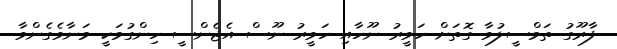
ފާރޫގު ތަމްސީލުވާ ގޮތަށް ހަވީރު ނޫހާއި ހަވީރު ނޫސް އެޖެންސީ ހިންގުމަކީ މަނާވެގެންވާ